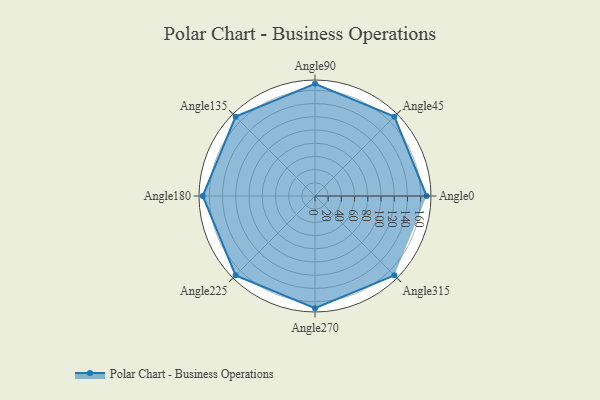
{"axis": {"x": "Angle", "y": "Radius"}, "legend": [""], "data": [{"x": "Angle0", "y": 169.0, "type": ""}, {"x": "Angle45", "y": 170.0, "type": ""}, {"x": "Angle90", "y": 170, "type": ""}, {"x": "Angle135", "y": 170, "type": ""}, {"x": "Angle180", "y": 170, "type": ""}, {"x": "Angle225", "y": 170, "type": ""}, {"x": "Angle270", "y": 170, "type": ""}, {"x": "Angle315", "y": 170, "type": ""}]}